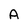
Character: A